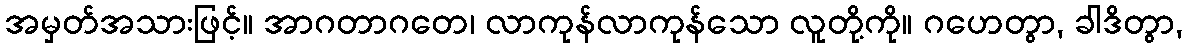
အမှတ်အသားဖြင့်။ အာဂတာဂတေ၊ လာကုန်လာကုန်သော လူတို့ကို။ ဂဟေတွာ, ခါဒိတွာ,